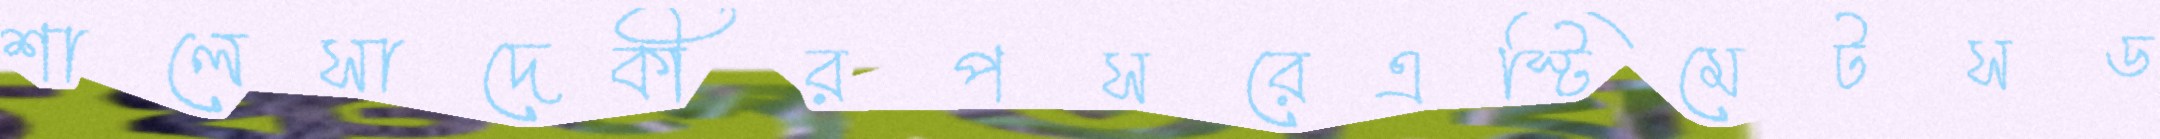
শালেসাদেকীরপসরেএস্টিমেটসড